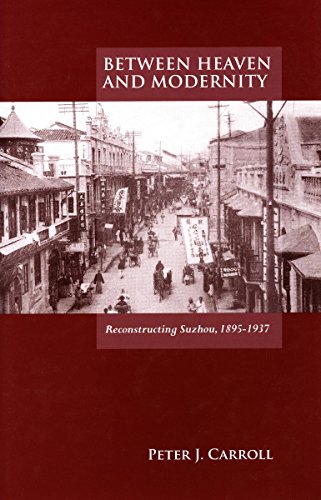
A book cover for Between Heaven and Modernity: Reconstructing Suzhou, 1895-1937; Peter J. Carroll; Business & Money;